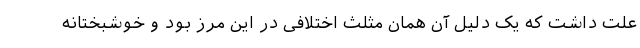
علت داشت که یک دلیل آن همان مثلث اختلافی در این مرز بود و خوشبختانه